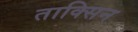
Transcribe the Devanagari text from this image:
ताक्सिन